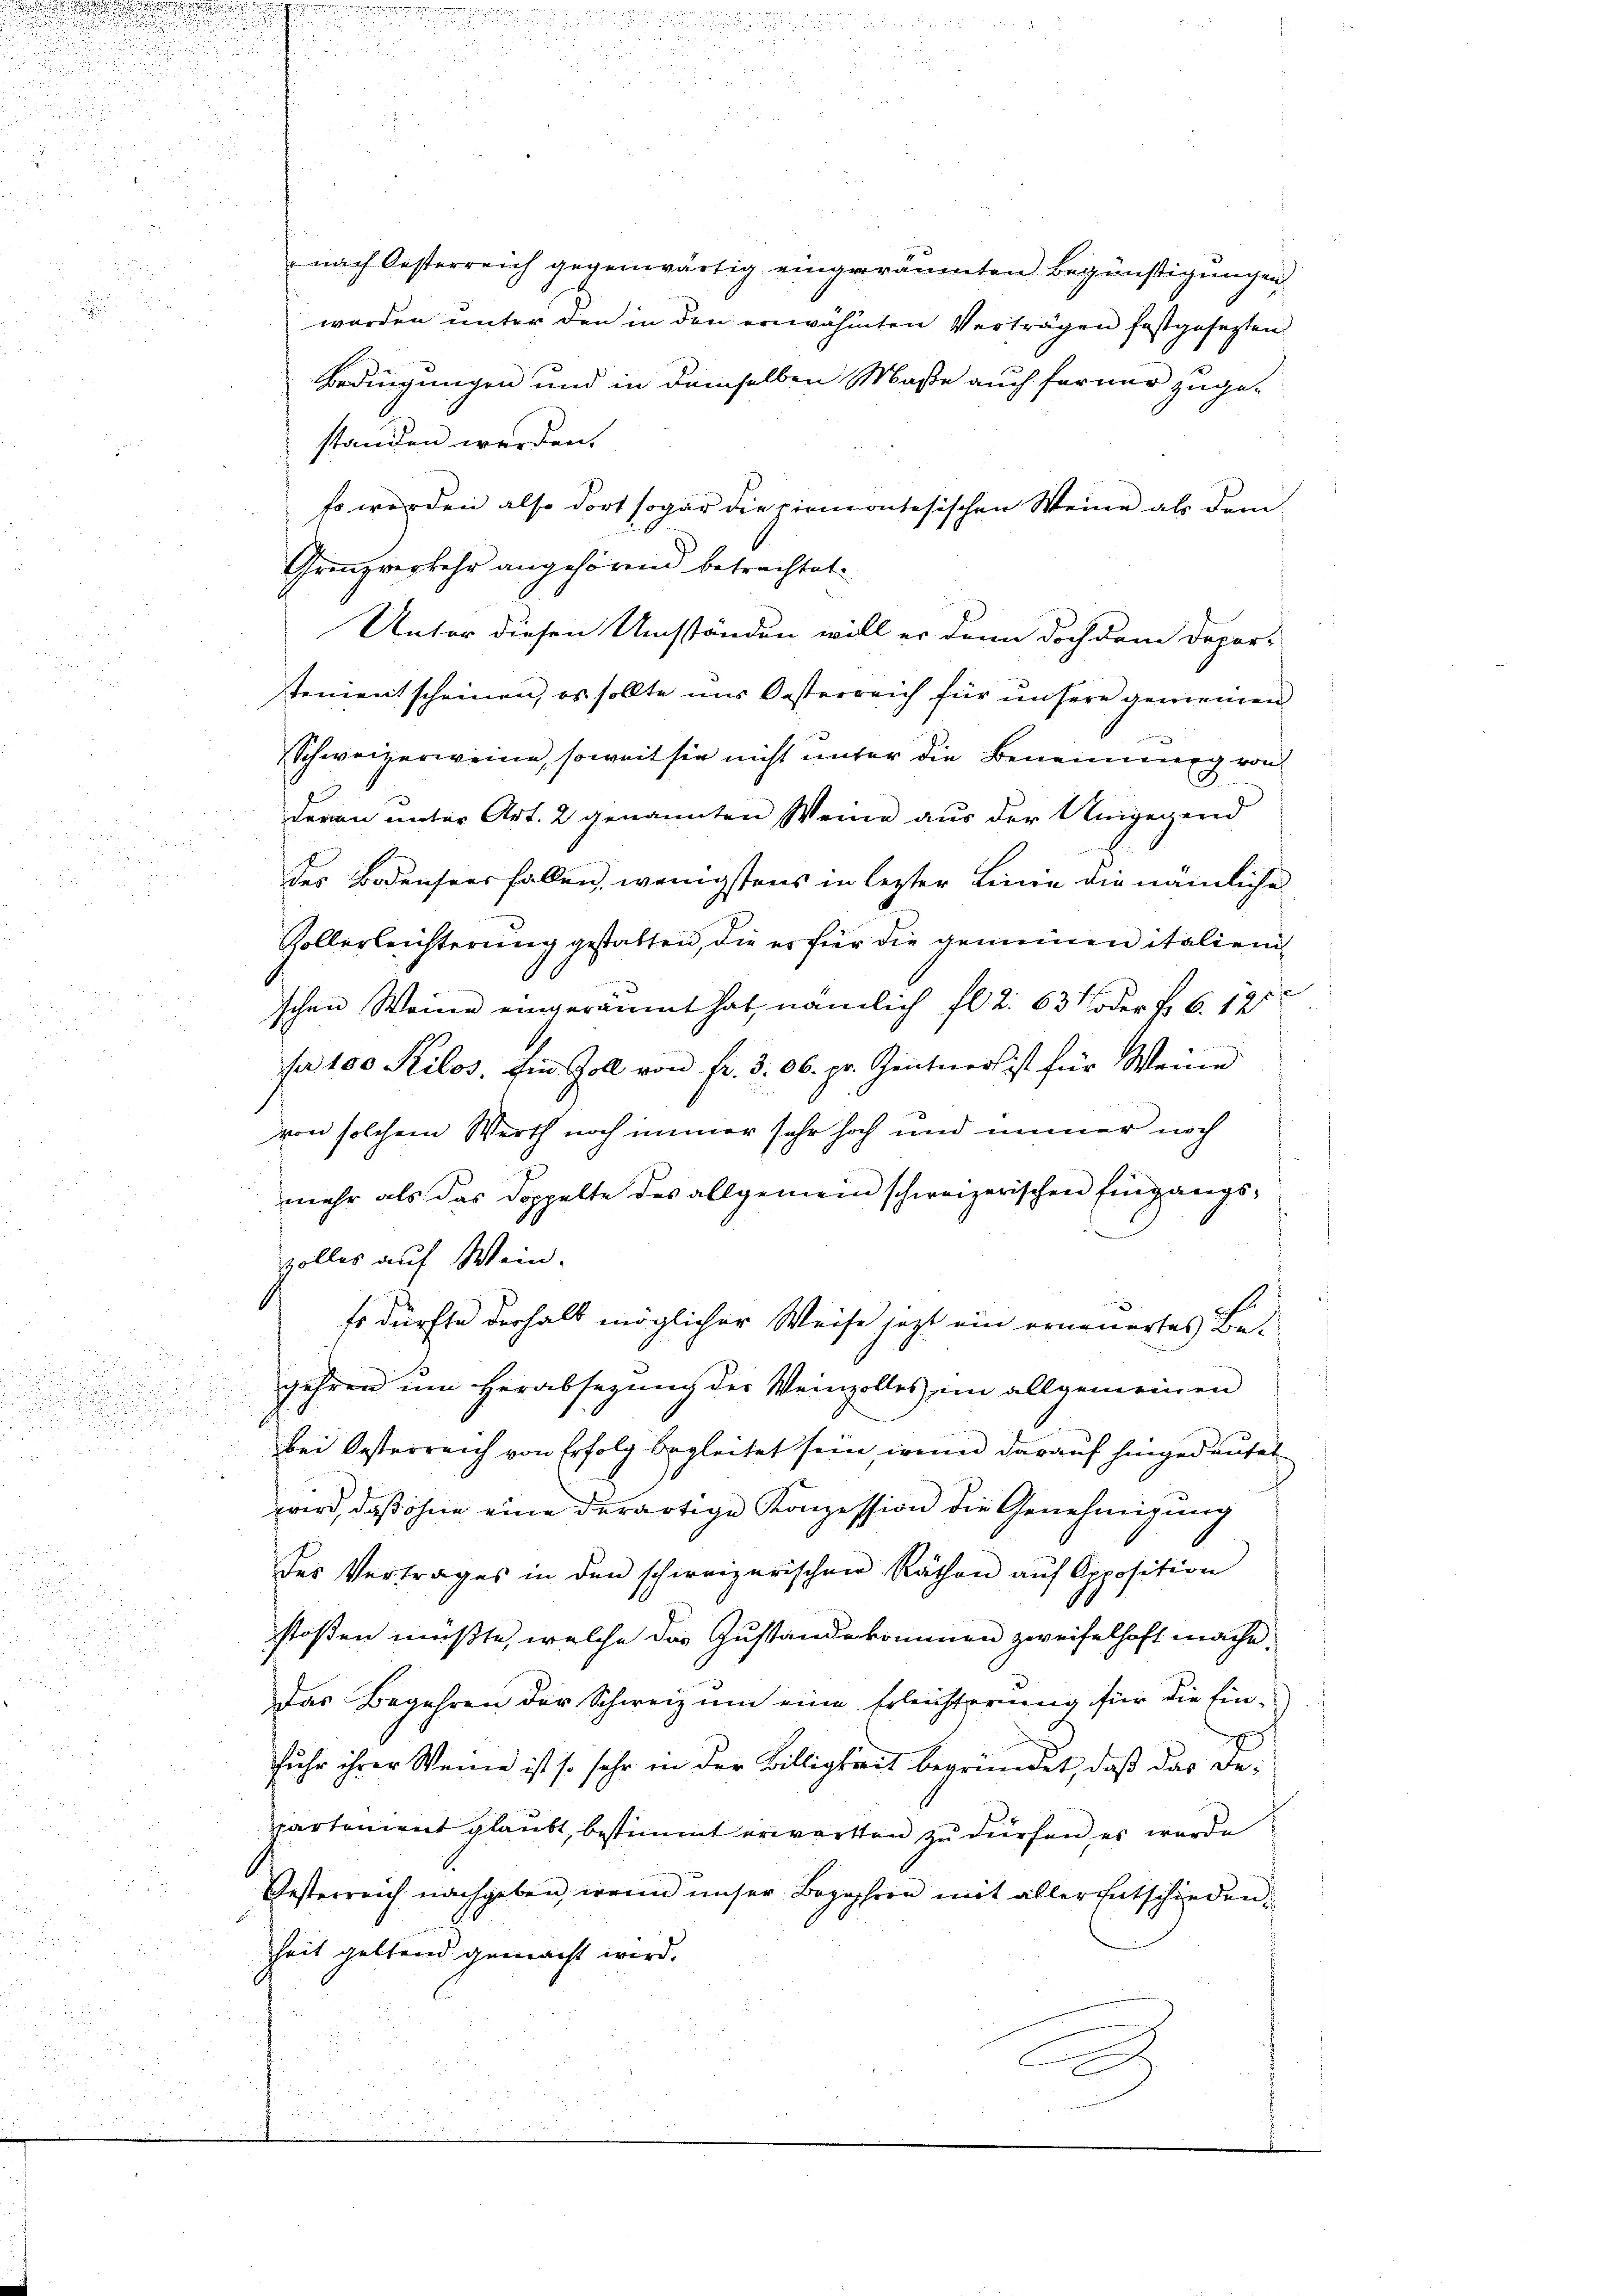
2
u

.
d
u

s
.

d

nach Oesterreich gegenwärtig eingeräumten Begünstigungen
worden unter den in den erwähnten Verträgen festgesagten.
Bedingungen und in demselben Maße auch ferner zuge-
standen werden.
so werden also dort sogar die Piemontesischen Weine als dem¬
Grenzverkehr angehörend betrachtet.
Unter diesen Umständen will er dann doch dem Depor-
tenientscheinen, es sollte uns Oesterreich für unsere gemeinen
Schweizerweine, soweit sie nicht unter die Beneinnung von
deren unter Art. 2 genannten Weine aus der Umgegend
des Bodenseerfallen, wenigstens in lezter Linie die nämliche
Zollerleichterung gestatten, die er für die gemeinen italienschen Weine eingeräumt hat, nämlich fl. 2. 637 oder Fr. 6. 12
pa 100 Kilos. Ein Zoll von fr. 3. 06. pr. Zentner ist für Weine
von solchem Werth noch immer sehr hoch und immer noch
mehr als das Doppelte des allgemein schweizerischen Eingangszolles auf Wein.
Es dürfte derhalb möglicher Weise jezt ein erneuertes Be-
gehren um Herabsezung der Weinzolles ein allgemeinen
bei Oesterreich von Erfolg begleitet sein, wenn darauf hingedeutet
x
wird, daß ohne eine derartige Konzession die Genehmigung
.
des Vertrages in den schweizerischen Räthen aŭf Opposition
1
stoßen müßte, welche das Zustandekommen zweifelhaft mache.
Das Begehren der Schweiz um eine Erleichterung für die Ein-
fuhr ihrer Weine ist so sehr in der Billigkeit begründet, daß das De¬
Partement glaubt, bestimmt erwarten zu dürfen, es wurde
Oesterreich nachgeben, wenn unser Begehren mit aller Entschieden
Zeit geltend gemacht wird.
E